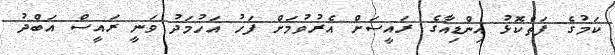
ކަމުގެ ފަތްކޮޅު އިންޑިއާގެ ރައީސަށް އެރުވުމަށް ފަހު އަހުމަދު ވަނީ ރައީސް އަބްދު